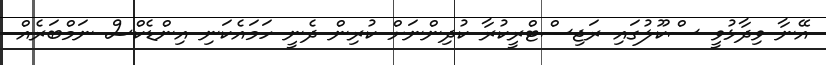
އޭނާ ވިދާޅުވީ ސްކޫލުގައި ރަޖިސްޓްރީކުރާ ކުދިންނަށް ކުރިން ދެނީ ހަމައެކަނި އިންޑެކްސް ނަމްބަރެއް